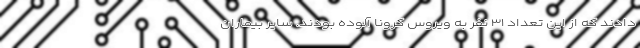
دادند که از این تعداد ۳۱ نفر به ویروس کرونا آلوده بودند. سایر بیماران